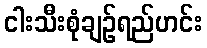
ငါးသီးစုံချဉ်ရည်ဟင်း